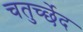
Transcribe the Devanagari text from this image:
चतुर्च्छेद